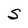
Character: S